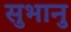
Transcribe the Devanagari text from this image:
सुभानु